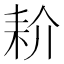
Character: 𰭱